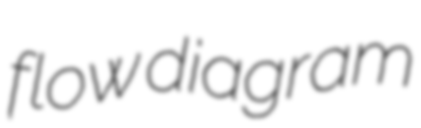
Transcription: flow diagram